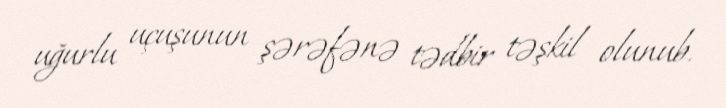
uğurlu uçuşunun şərəfənə tədbir təşkil olunub.